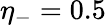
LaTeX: \eta_{-}=0.5